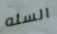
السله